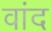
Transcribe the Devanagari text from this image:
वांद